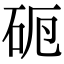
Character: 𥑣